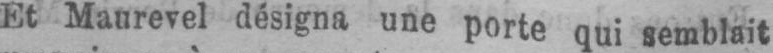
Et Maurevel désigna une porte qui semblait